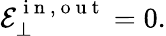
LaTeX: \mathcal{E}_{\bot}^{\mathrm{~i~n~,~o~u~t~}}=0.